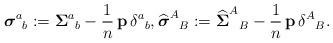
LaTeX: \begin{align*}{\boldsymbol\sigma}^{a}{}_{b}:={\boldsymbol \Sigma}^{a}{}_{b}-\frac{1}{n}\,{\mathbf p}\,\delta^{a}{}_{b}, \widehat{{\boldsymbol \sigma}}^{A}{}_{B}:=\widehat{{\boldsymbol \Sigma}}^{A}{}_{B}-\frac{1}{n}\,{\mathbf p}\,\delta^{A}{}_{B}. \end{align*}